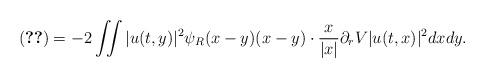
LaTeX: \begin{align*}\eqref{term-5} = -2 \iint |u(t,y)|^2 \psi_R(x-y) (x-y)\cdot \frac{x}{|x|} \partial_rV |u(t,x)|^2 dx dy. \end{align*}